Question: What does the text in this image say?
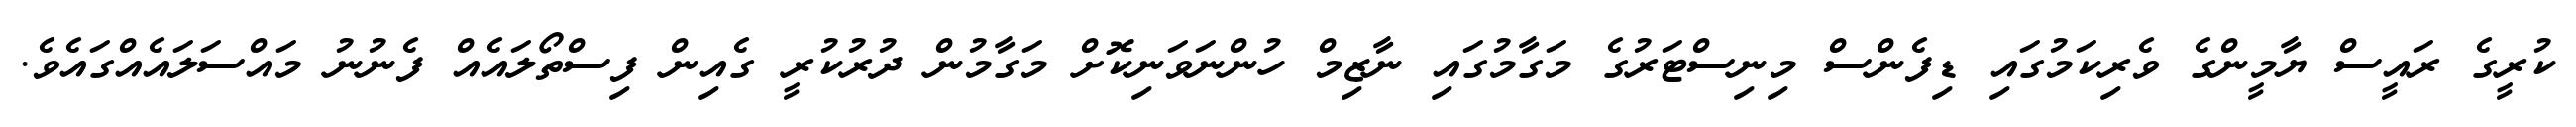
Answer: ކުރީގެ ރައީސް ޔާމީންގެ ވެރިކަމުގައި ޑިފެންސް މިނިސްޓަރުގެ މަގާމުގައި ނާޒިމް ހުންނަވަނިކޮށް މަގާމުން ދުރުކުރީ ގެއިން ފިސްތޯލައެއް ފެނުނު މައްސަލައެއްގައެވެ.